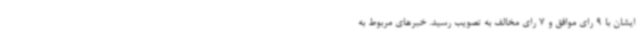
ایشان با 9 رای موافق و 7 رای مخالف به تصویب رسید. خبرهای مربوط به